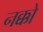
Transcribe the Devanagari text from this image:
नक्को